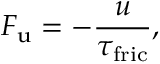
\boldsymbol { F _ { \mathrm { u } } } = - \frac { \boldsymbol { u } } { \tau _ { \mathrm { f r i c } } } ,